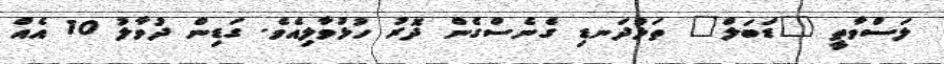
ލަސްވާތީ "ޑަބަލް" ތަޅުދަނޑި ގެނެސްގެން ދޮރު ހުޅުވާލިއެވެ. ގަޑިން ދުވާލު 10 އެއް